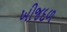
ખીજદળ